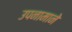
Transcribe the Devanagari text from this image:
उपनामाने